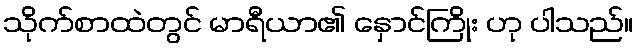
သိုက်စာထဲတွင် မာရီယာ၏ နှောင်ကြိုး ဟု ပါသည်။